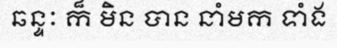
ឆន្ទៈ ក៏ មិន បាន នាំមក ទាំង